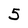
Character: 5